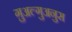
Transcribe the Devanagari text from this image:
ग़ुअल्गुअनुस